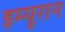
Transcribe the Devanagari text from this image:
इम्यूरान